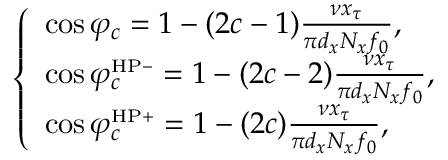
\left\{ \begin{array} { l l } { \cos \varphi _ { c } = 1 - ( 2 c - 1 ) \frac { \nu x _ { \tau } } { \pi d _ { x } N _ { x } f _ { 0 } } , } \\ { \cos \varphi _ { c } ^ { \mathrm { \scriptscriptstyle { H P - } } } = 1 - ( 2 c - 2 ) \frac { \nu x _ { \tau } } { \pi d _ { x } N _ { x } f _ { 0 } } , } \\ { \cos \varphi _ { c } ^ { \mathrm { \scriptscriptstyle { H P + } } } = 1 - ( 2 c ) \frac { \nu x _ { \tau } } { \pi d _ { x } N _ { x } f _ { 0 } } , } \end{array} \right.